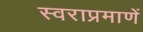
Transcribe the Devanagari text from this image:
स्वराप्रमाणें